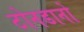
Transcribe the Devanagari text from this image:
टोनडानो